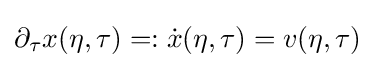
\partial _{\tau }x(\eta ,\tau )=:{\dot {x}}(\eta ,\tau )=v(\eta ,\tau )